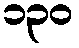
၁၃၀